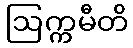
ဩက္ကမီတိ